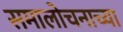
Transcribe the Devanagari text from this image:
समालोचनाच्या